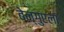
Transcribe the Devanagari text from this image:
बेन्गुएला